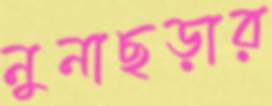
নুনাছড়ার